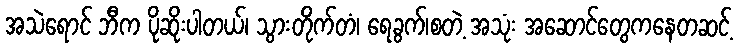
အသဲရောင် ဘီက ပိုဆိုးပါတယ်၊ သွားတိုက်တံ၊ ရေခွက်၊စတဲ့ အသုံး အဆောင်တွေကနေတဆင့်